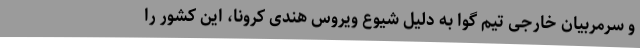
و سرمربیان خارجی تیم گوا به دلیل شیوع ویروس هندی کرونا، این کشور را